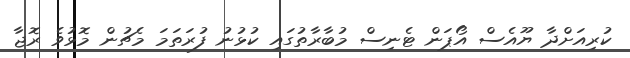
ކުރިއަށްދާ ޔޫއެސް އޯޕަން ޓެނިސް މުބާރާތުގައި ކުޅުނު ފުރަތަމަ މެޗުން މޮޅުވެ ރޮޖާ